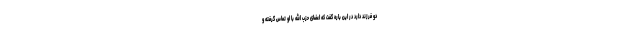
دو فرزند دارد در این باره گفت که اعضای حزب الله با او تماس گرفته و